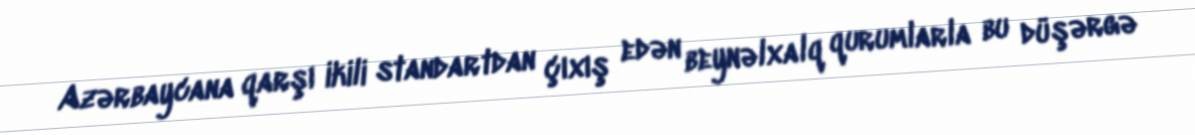
Azərbaycana qarşı ikili standartdan çıxış edən beynəlxalq qurumlarla bu düşərgə